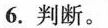
6.判断。